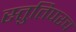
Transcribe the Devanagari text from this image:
स्तुतिपरच